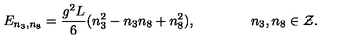
E _ { n _ { 3 } , n _ { 8 } } = { \frac { g ^ { 2 } L } { 6 } } ( n _ { 3 } ^ { 2 } - n _ { 3 } n _ { 8 } + n _ { 8 } ^ { 2 } ) , \qquad \qquad n _ { 3 } , n _ { 8 } \in { \cal Z } .